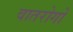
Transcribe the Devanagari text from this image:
वातरोगों